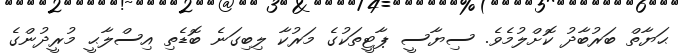
ޙަޔާތް ބަރުބާދު ކޮށްލުމެވެ. ސިޔާސީ ޕާޓީތަކުގެ މަރުކާ ލިބިގަނެ ބޮޑެތި އިސްލާޙީ މުރީދުންގެ